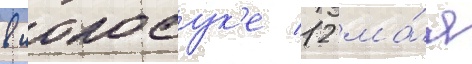
в иокосук'е 12 ма́я